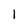
Character: 1